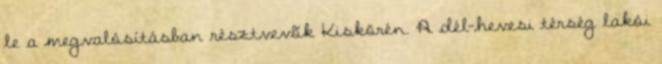
le a megvalósításban résztvevõk Kiskörén. A dél-hevesi térség lakói